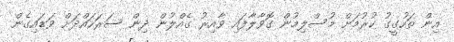
އިން ތަހުގީގު ކުރުމަށް މުސްލިމުން ގޮވާލާފައި ވާއިރު ގެއްލުން ދިން ސަރަހައްދަށް ވަޑައިގެން